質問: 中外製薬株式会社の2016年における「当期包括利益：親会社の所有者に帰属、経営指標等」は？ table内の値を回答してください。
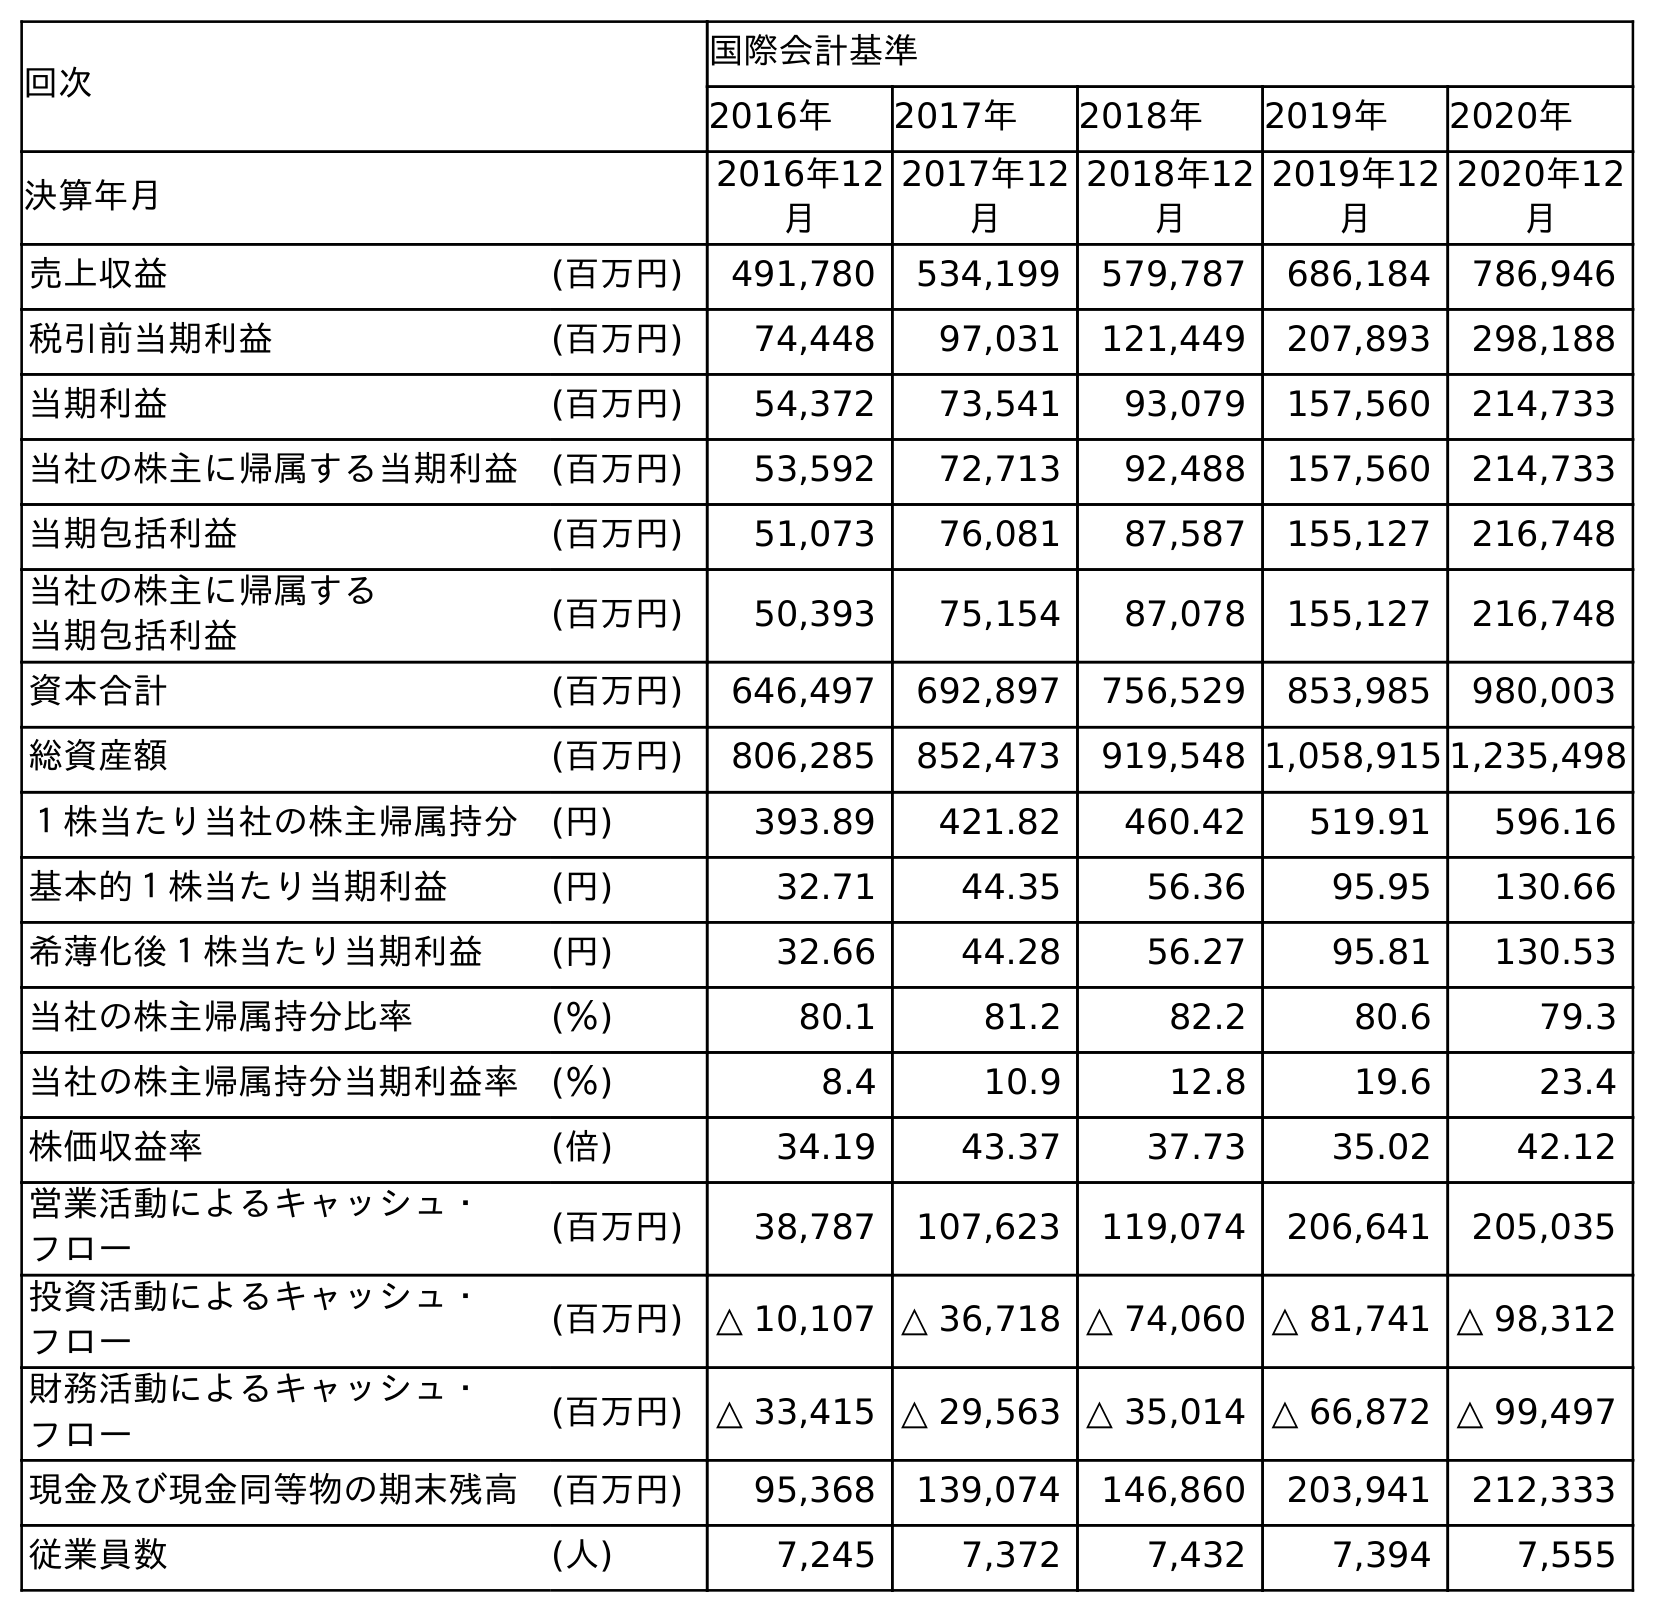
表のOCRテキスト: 回次 国際会計基準 2016年 2017年 2018年 2019年 2020年 決算年月 2016年12 月 2017年12 月 2018年12 月 2019年12 月 2020年12 月 売上収益 (百万円) 491,780 534,199 579,787 686,184 786,946 税引前当期利益 (百万円) 74,448 97,031 121,449 207,893 298,188 当期利益 (百万円) 54,372 73,541 93,079 157,560 214,733 当社の株主に帰属する当期利益 (百万円) 53,592 72,713 92,488 157,560 214,733 当期包括利益 (百万円) 51,073 76,081 87,587 155,127 216,748 当社の株主に帰属する 当期包括利益 (百万円) 50,393 75,154 87,078 155,127 216,748 資本合計 (百万円) 646,497 692,897 756,529 853,985 980,003 総資産額 (百万円) 806,285 852,473 919,548 1,058,915 1,235,498 １株当たり当社の株主帰属持分 (円) 393.89 421.82 460.42 519.91 596.16 基本的１株当たり当期利益 (円) 32.71 44.35 56.36 95.95 130.66 希薄化後１株当たり当期利益 (円) 32.66 44.28 56.27 95.81 130.53 当社の株主帰属持分比率 (％) 80.1 81.2 82.2 80.6 79.3 当社の株主帰属持分当期利益率 (％) 8.4 10.9 12.8 19.6 23.4 株価収益率 (倍) 34.19 43.37 37.73 35.02 42.12 営業活動によるキャッシュ・ フロー (百万円) 38,787 107,623 119,074 206,641 205,035 投資活動によるキャッシュ・ フロー (百万円) △ 10,107 △ 36,718 △ 74,060 △ 81,741 △ 98,312 財務活動によるキャッシュ・ フロー (百万円) △ 33,415 △ 29,563 △ 35,014 △ 66,872 △ 99,497 現金及び現金同等物の期末残高 (百万円) 95,368 139,074 146,860 203,941 212,333 従業員数 (人) 7,245 7,372 7,432 7,394 7,555
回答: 50,393